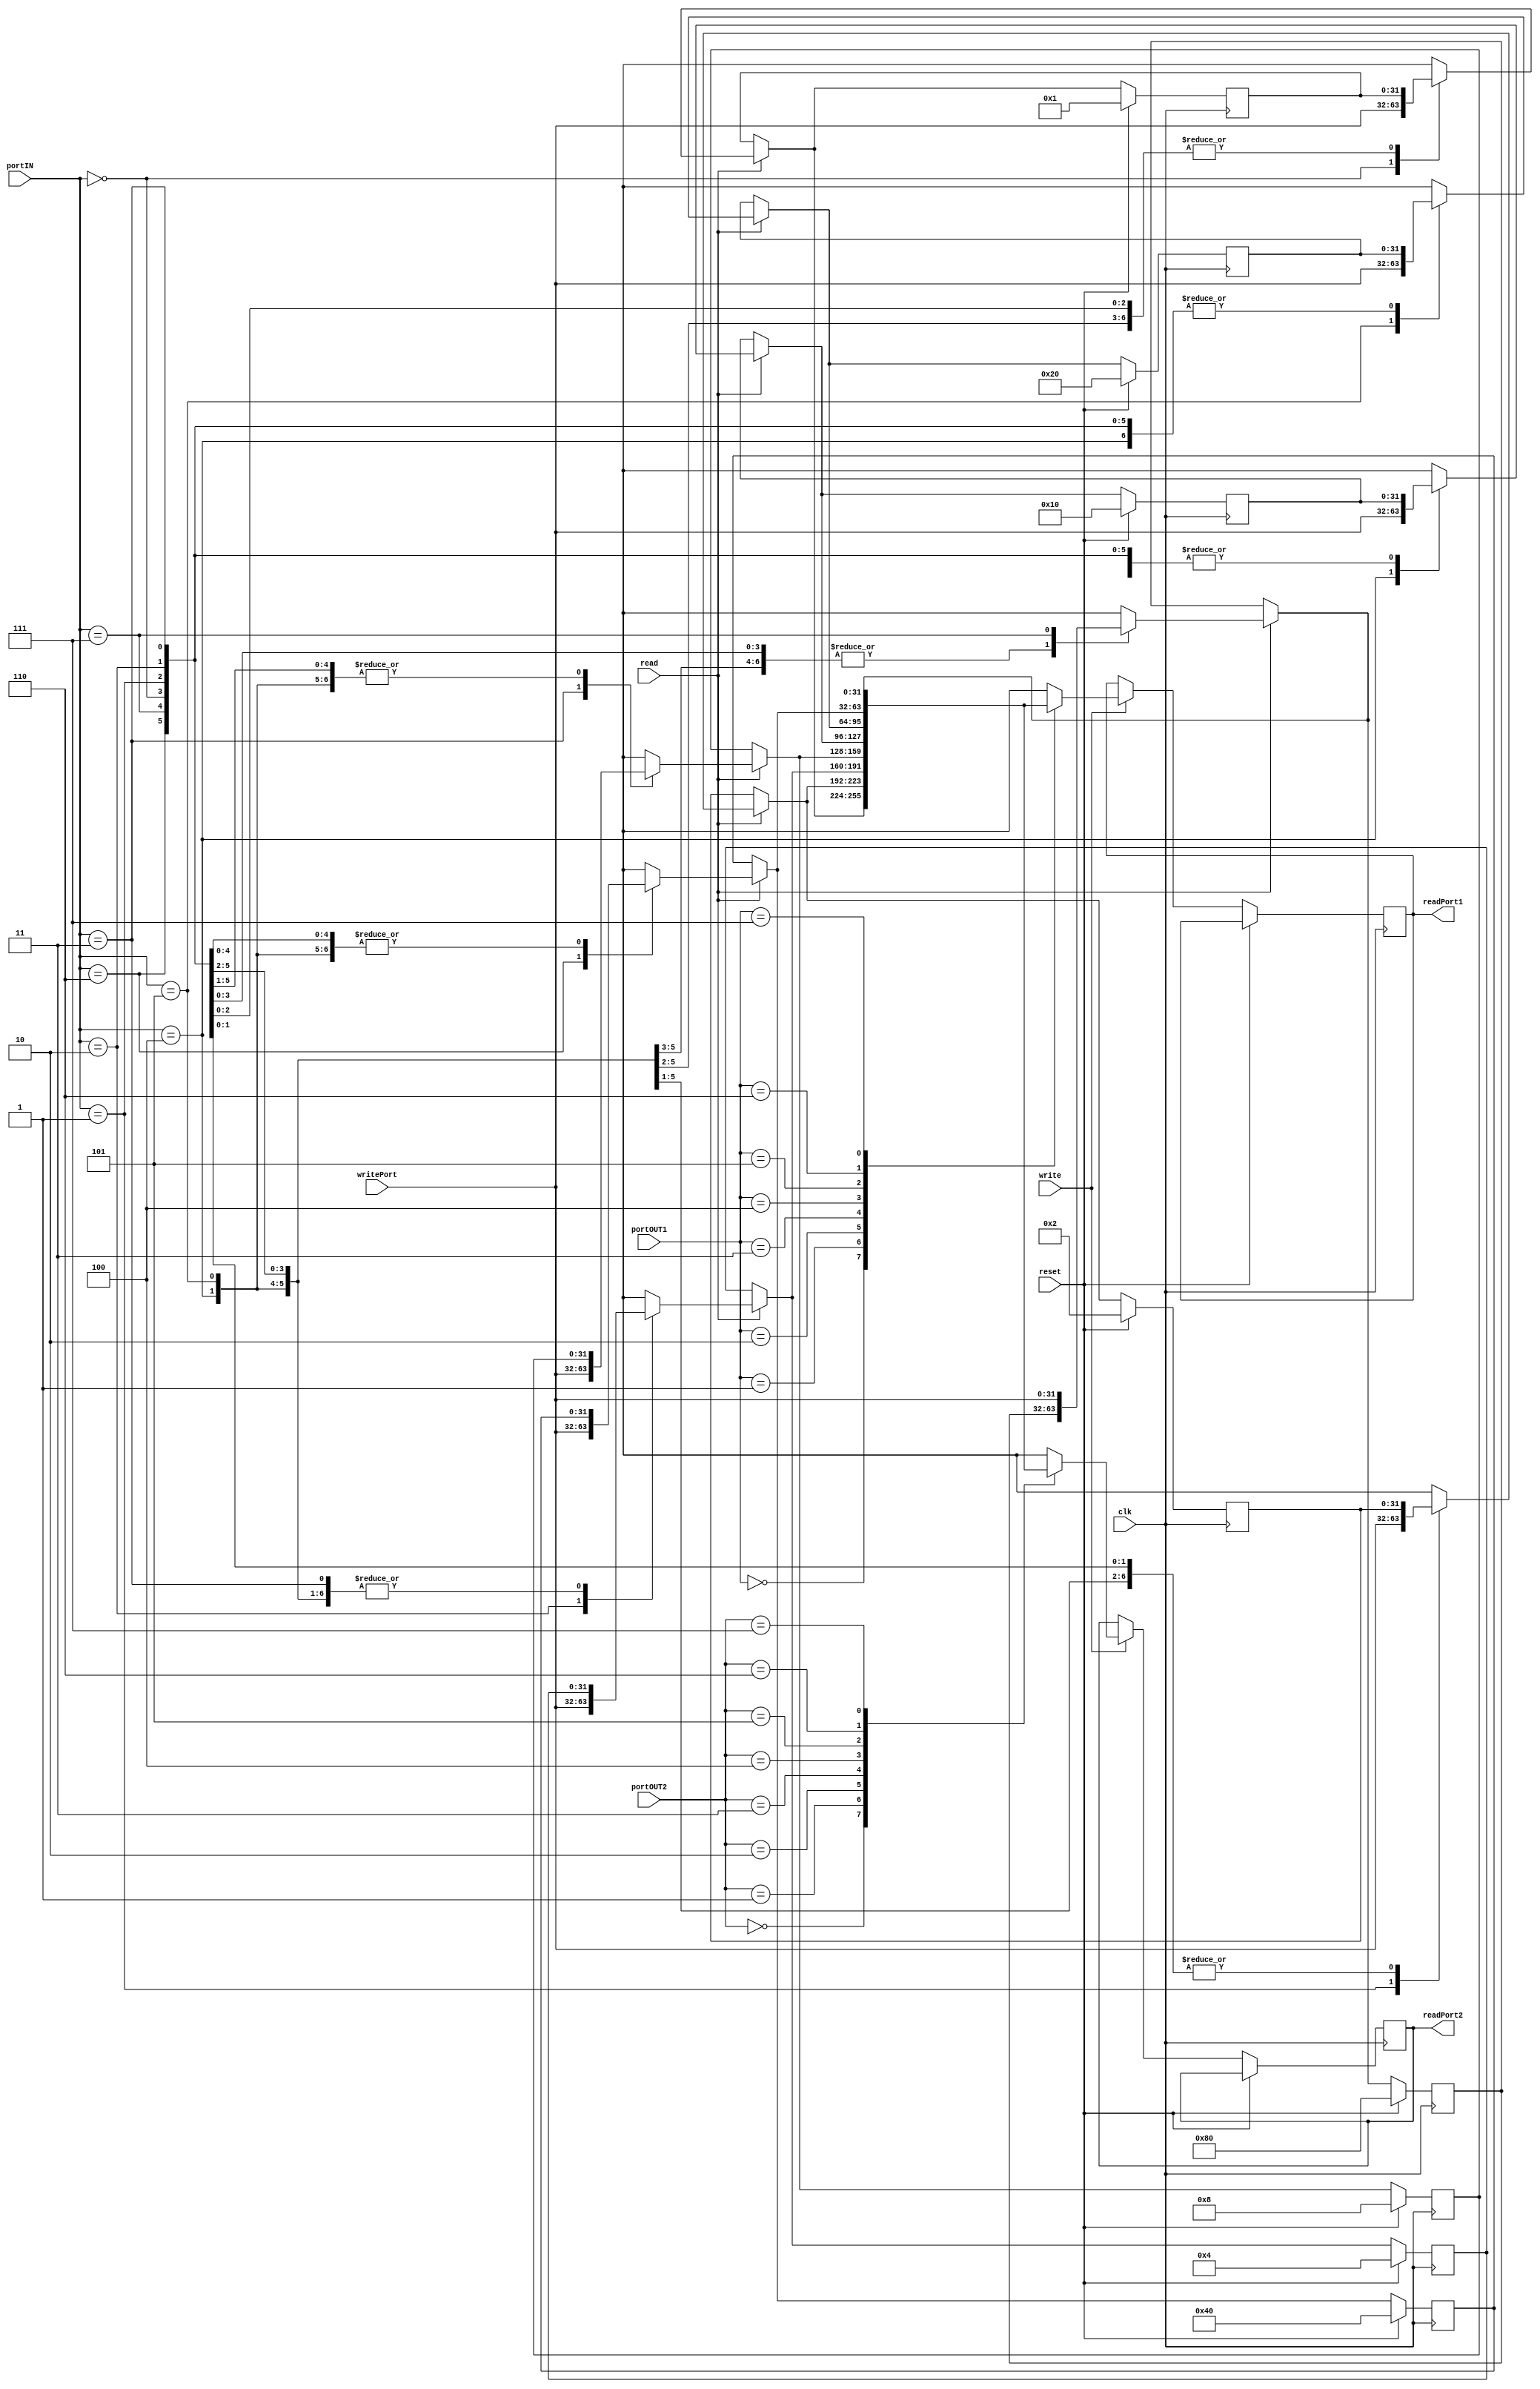
`timescale 1ns/1ps

module REG_BANK (
    input wire read,              // Input wire to control read operation
    input wire write,             // Input wire to control write operation
    input wire [2:0] portIN,      // Input port for specifying the register to write to
    input wire [2:0] portOUT1,    // Input port for specifying the first register to read from
    input wire [2:0] portOUT2,    // Input port for specifying the second register to read from
    input wire [31:0] writePort,  // Data to be written to the selected register
    output reg [31:0] readPort1,  // Output port for the data read from the first register
    output reg [31:0] readPort2,  // Output port for the data read from the second register
    input reset,
    input clk
);

    reg [31:0] registers [0:15]; // Array of registers to store data
    
    always @(posedge clk) begin
        if(reset == 1)begin
            registers[0] = 32'h00000001;  // Set register 0 to 2^0 = 1
            registers[1] = 32'h00000002;  // Set register 1 to 2^1 = 2
            registers[2] = 32'h00000004;  // Set register 2 to 2^2 = 4
            registers[3] = 32'h00000008;  // Set register 3 to 2^3 = 8
            registers[4] = 32'h00000010;  // Set register 4 to 2^4 = 16
            registers[5] = 32'h00000020;  // Set register 5 to 2^5 = 32
            registers[6] = 32'h00000040;  // Set register 6 to 2^6 = 64
            registers[7] = 32'h00000080;  // Set register 7 to 2^7 = 128
            registers[8] = 32'h00000100;  // Set register 8 to 2^8 = 256
            registers[9] = 32'h00000200;  // Set register 9 to 2^9 = 512
            registers[10] = 32'h00000400; // Set register 10 to 2^10 = 1024
            registers[11] = 32'h00000800; // Set register 11 to 2^11 = 2048
            registers[12] = 32'h00001000; // Set register 12 to 2^12 = 4096
            registers[13] = 32'h00002000; // Set register 13 to 2^13 = 8192
            registers[14] = 32'h00004000; // Set register 14 to 2^14 = 16384
            registers[15] = 32'h00008000; // Set register 15 to 2^15 = 32768
        end
        else begin 
            if(read == 1)
                registers[portIN] = writePort; // Write data to the selected register
            if (write == 1) begin
                readPort1 = registers[portOUT1]; // Read data from the first selected register
                readPort2 = registers[portOUT2]; // Read data from the second selected register
            end
        end
    end

endmodule